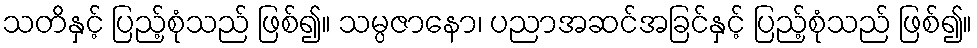
သတိနှင့် ပြည့်စုံသည် ဖြစ်၍။ သမ္ပဇာနော၊ ပညာအဆင်အခြင်နှင့် ပြည့်စုံသည် ဖြစ်၍။